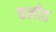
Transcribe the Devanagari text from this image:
चलीत